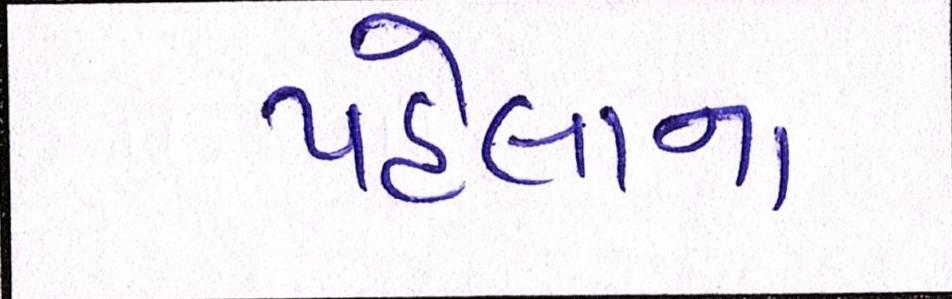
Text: પહેલાના